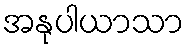
အနုပါယာသာ